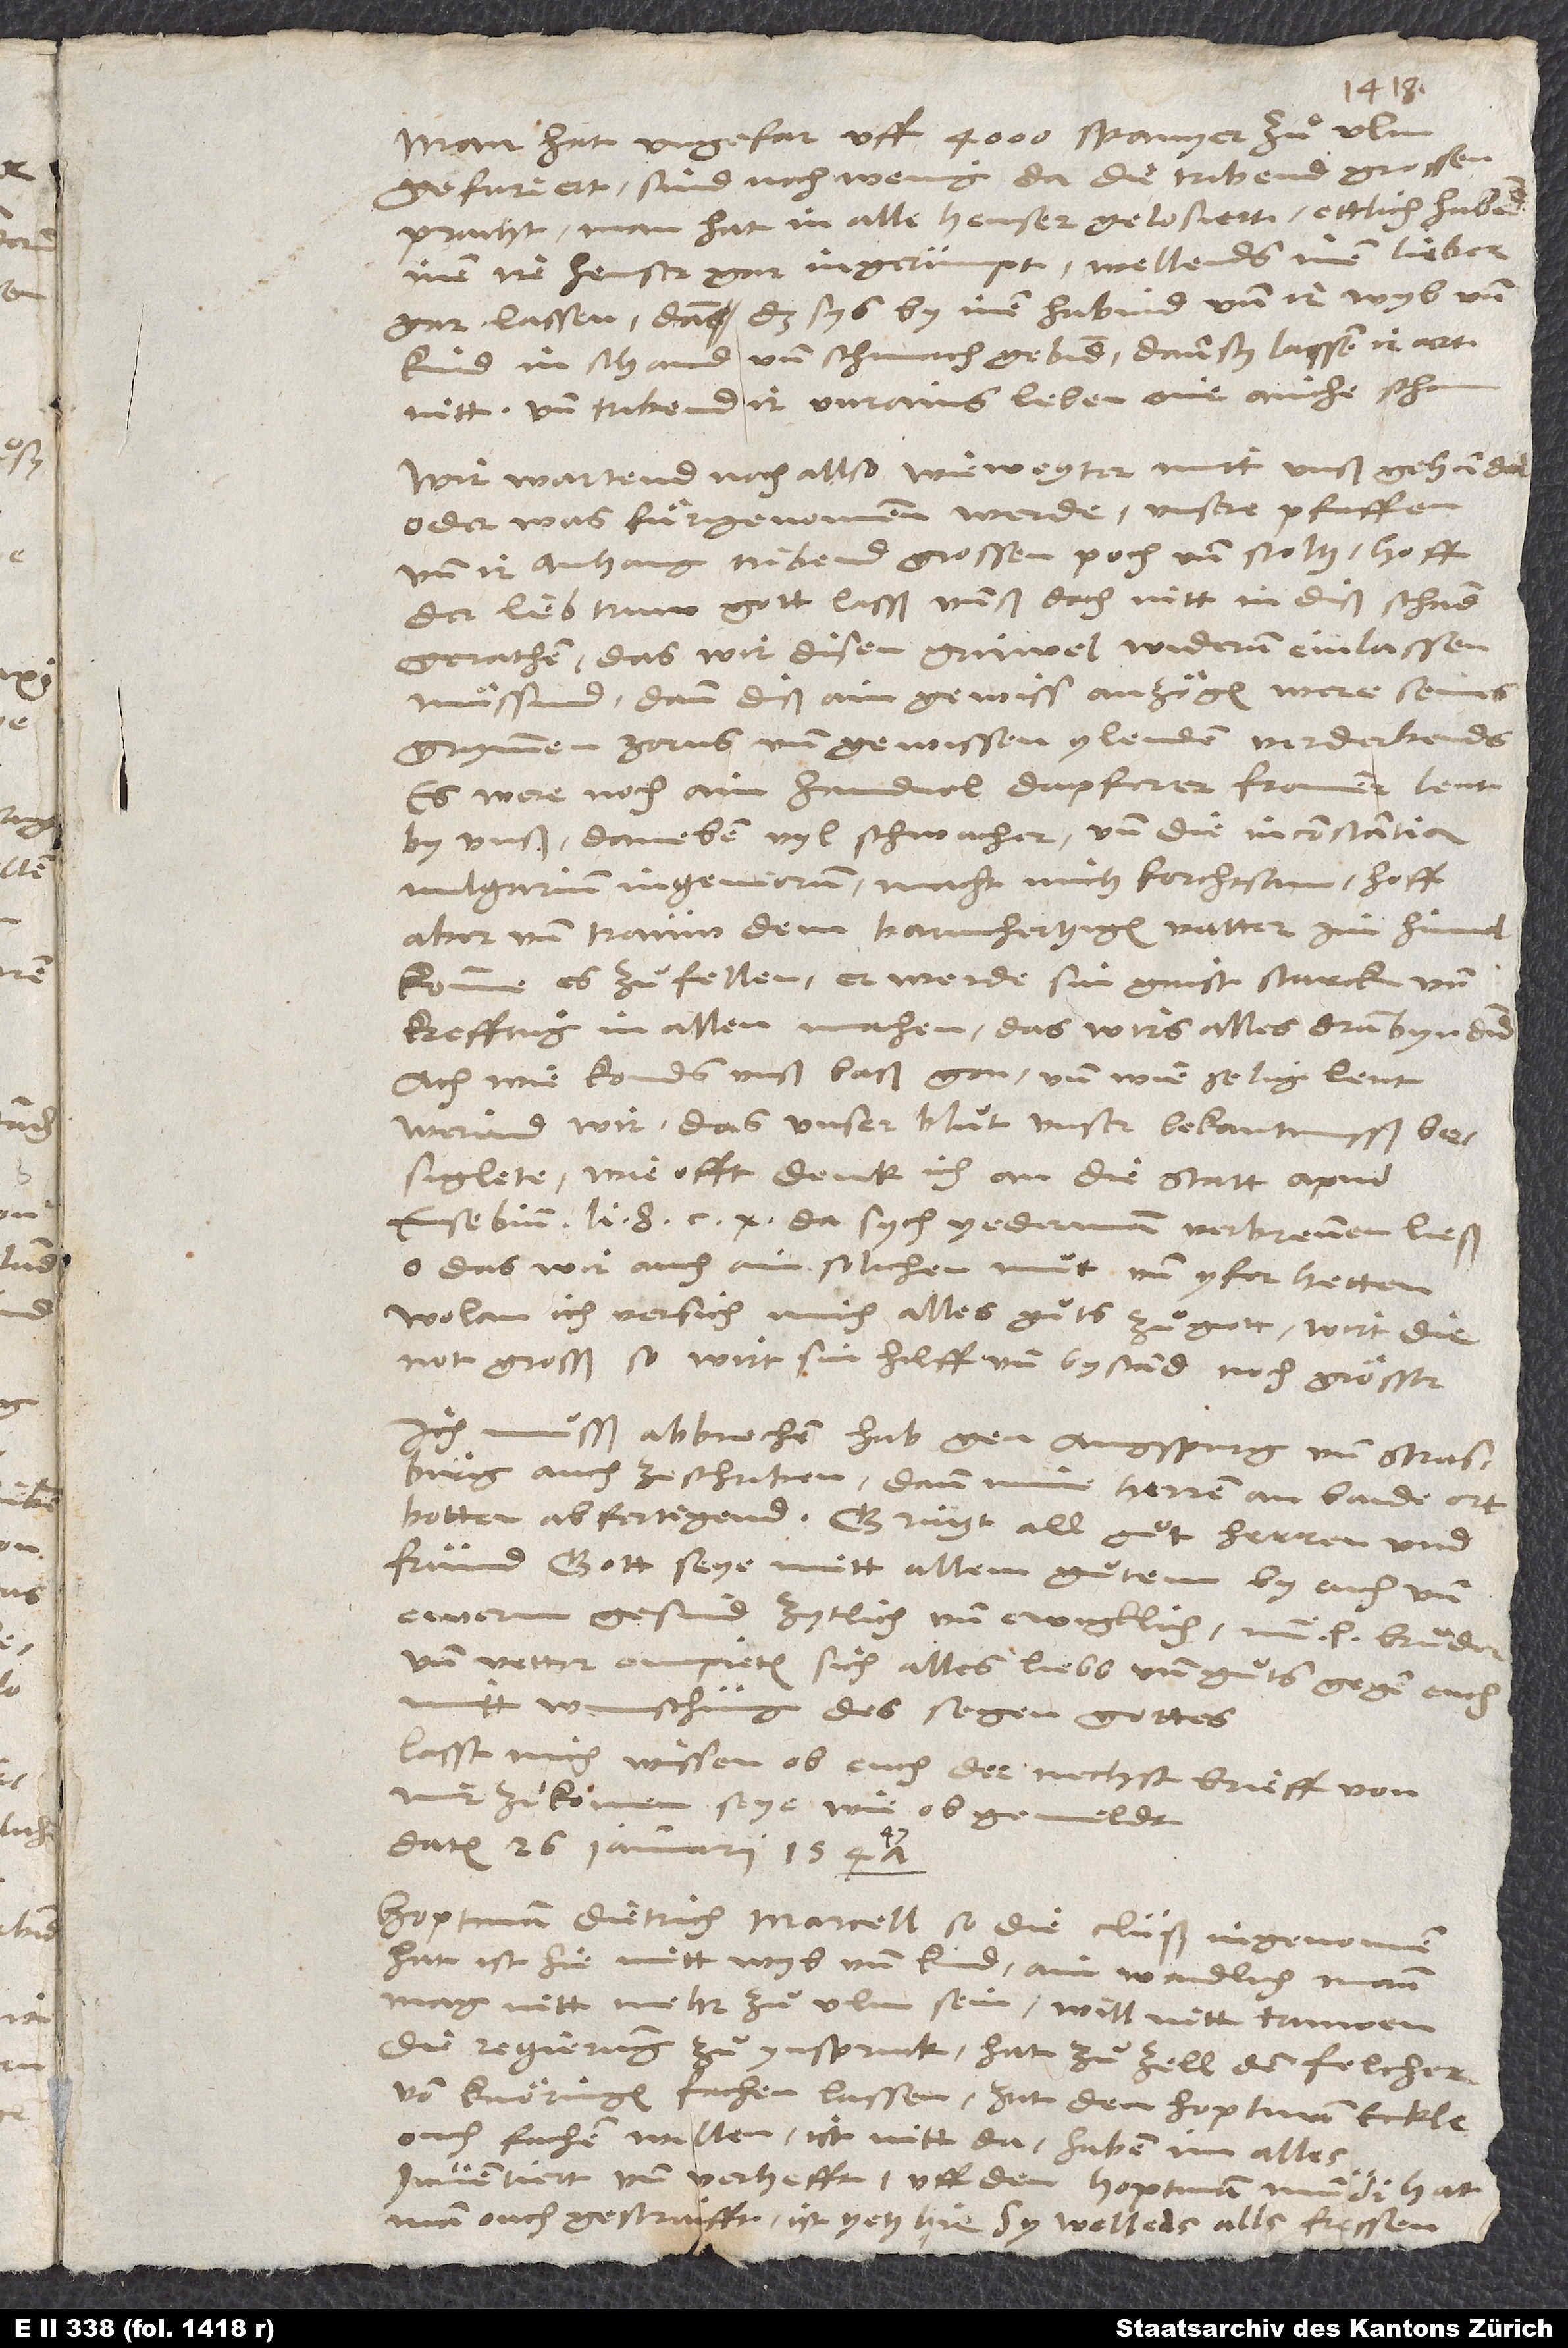
Man hat ungefar uff 4’000 Spanyer zuͦ Ulm
gefuriert. Sind noch wenig da. Die tribend grossen
pracht. Man hat in alle heuser gelosiert. Ettlich habend
inen ire heuser gar ingerumpt. Wellends inen lieber
gar lassen, dann das sys by inen habind, und ir wyb und
kind in schand und schmach gebind. Dann sy lassen ir art
nitt und tribend ir unrains leben one ainche scham.
Wir wartend noch allso, wie weyter mitt unß gehandel
oder was fuͤrgenommen werde. Unsere pfaffen
und ir anhang tribend grossen poch und stoltz. Hoff,
der lieb, truw gott lasß unnß doch nitt in diß schand
gerathen, das wir disen grüwel widerum einlassen
muͤssind; dann diß ain gewiss anzoͤgen were seins
grymmen zorns und gewissen, ylenden verderbends.
Es were noch ain handvol dapferer, frommer leut
by unß, daneben vyl schwacher, und die inconstantia
vulgarium ingeniorum macht mich forchtsam. Hoff
aber und trauw dem barmhertzigen vatter im himel,
komme es zuͦ fellen, er werde sin gaist starck und
krefftig in allen machen, das wirs alles dranbyndind.
Ach, wie konds unß baß gon und wie selig leut
werind wir, das unser bluͦt unser bekantnusß
besiglete! Wie offt denk ich an die statt apud
Eusebium lib. 8. cap. 10, da sich yederman verbrennen ließ.
O, das wir auch ain solichen muͦt und yfer hetten!
Wolan, ich versich mich alles guͦts zu gott. Wirt die
not grosß, so wirt sin hilff und bystand noch groͤsser.
Ich muͦsß abbrechen. Hab gen Augspurg und Strasburg
auch ze schriben, dann mine herren an baide ort
frund. Gott seye mitt allem guͦtem by euch und
ewerm gesind zytlich und ewigklich. Min lieber bruͦder
und vetter empieten sich alles liebs und guͦts gegen euch
mitt wunschung des segen gottes.
Lasst mich wissen, ob euch der nechst brieff von
mir zuͦkomen seye, wie obgemeldt.
Datum 26. ianuarii 1547.
Hoptman Dietrich Marcell, so die Cluß ingenomen
hat, ist hie mitt wyb und kind; ain waidlich mann.
Mag nitt mehr zuͦ Ulm sein. Will nitt truwen.
Die regierung zuͦ Ynspruck hat zuͦ Zell den Felcher
von Knoͤringen fachen lassen. Hat den hoptman Eckle
ouch fachen wellen. Ist nitt da. Haben im alles
inventiert und verhefft. Uff den hoptman Mundi hat
man ouch gestraifft. Ist yetz hie. Sy wellends alls fressen.